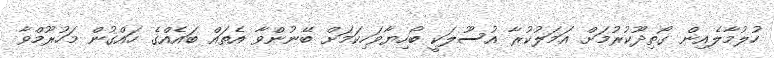
ހުލުމާލެއިން ގޯތިދޫކުރުމަށް އަމަލުކުރާ އުސޫލަކީ ބޯހިޔާވަހިކަމަށް ބޭނުންވާ އެތައް ބައެއްގެ ހައްގުން މަހުރޫމްވާ